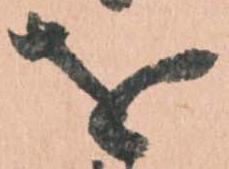
を